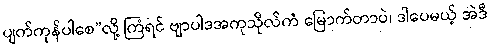
ပျက်ကုန်ပါစေ”လို့ ကြံရင် ဗျာပါဒအကုသိုလ်ကံ မြောက်တာပဲ၊ ဒါပေမယ့် အဲဒီ